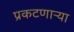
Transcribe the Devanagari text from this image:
प्रकटणाऱ्या